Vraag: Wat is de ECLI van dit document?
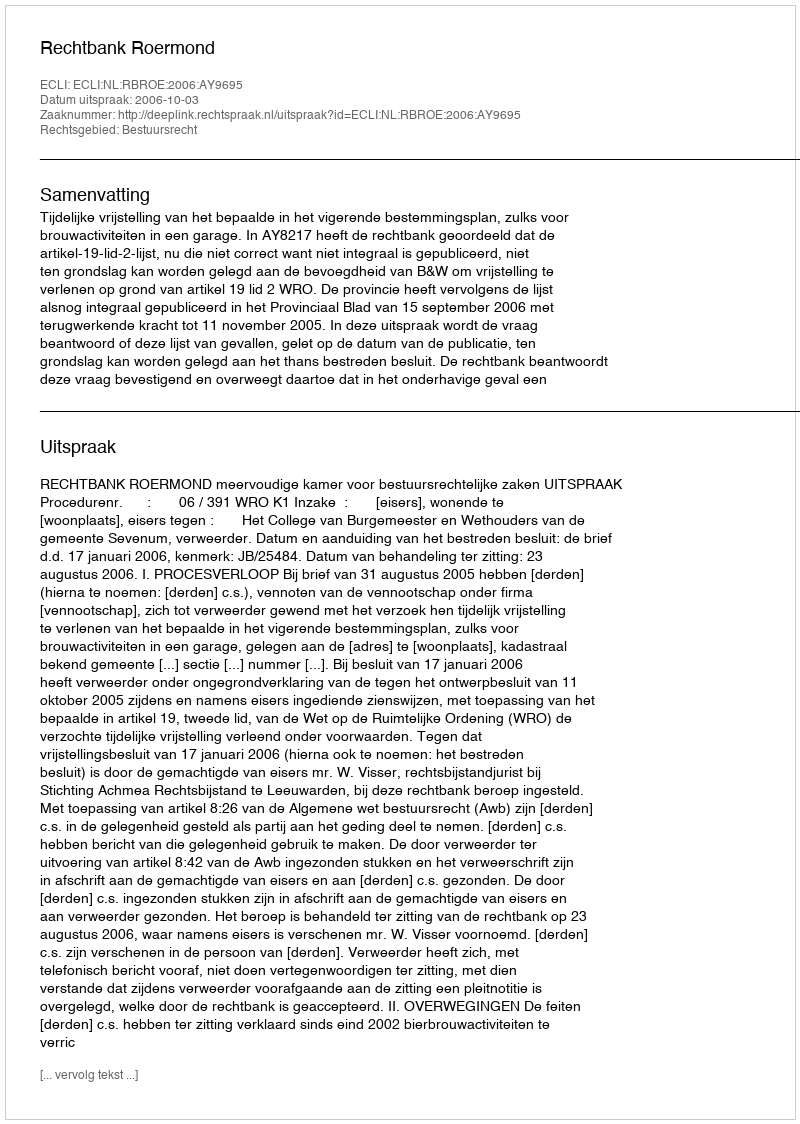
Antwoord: ECLI:NL:RBROE:2006:AY9695